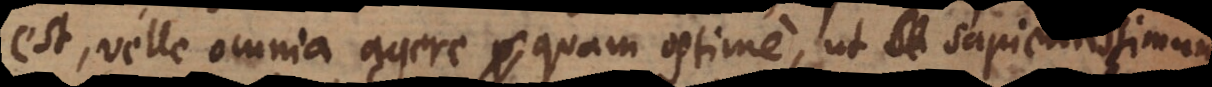
est, velle omnia agere quam optime, ut sapientissimum